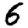
Digit: 6